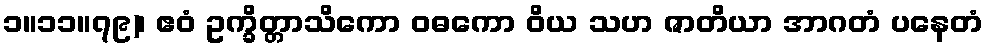
၁။၁၁။၇၉)၊ ဧဝံ ဥက္ခိတ္တာသိကော ဝဓကော ဝိယ သဟ ဇာတိယာ အာဂတံ ပနေတံ